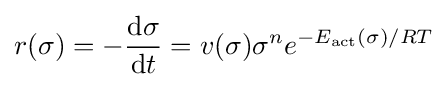
r(\sigma )=-{\frac {\mathrm {d} \sigma }{\mathrm {d} t}}=v(\sigma )\sigma ^{n}e^{-E_{\text{act}}(\sigma )/RT}